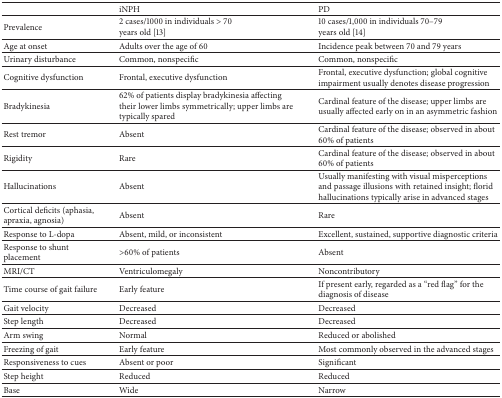
<table><thead><tr><td><b> </b></td><td><b>iNPH</b></td><td><b>PD</b></td></tr></thead><tbody><tr><td>Prevalence</td><td>2 cases/1000 in individuals &gt; 70years old [13]</td><td>10 cases/1,000 in individuals 70–79years old [14]</td></tr><tr><td>Age at onset</td><td>Adults over the age of 60</td><td>Incidence peak between 70 and 79 years</td></tr><tr><td>Urinary disturbance</td><td>Common, nonspecific</td><td>Common, nonspecific</td></tr><tr><td>Cognitive dysfunction</td><td>Frontal, executive dysfunction</td><td>Frontal, executive dysfunction; global cognitive impairment usually denotes disease progression</td></tr><tr><td>Bradykinesia</td><td>62% of patients display bradykinesia affecting their lower limbs symmetrically; upper limbs are typically spared</td><td>Cardinal feature of the disease; upper limbs are usually affected early on in an asymmetric fashion</td></tr><tr><td>Rest tremor</td><td>Absent</td><td>Cardinal feature of the disease; observed in about 60% of patients</td></tr><tr><td>Rigidity</td><td>Rare</td><td>Cardinal feature of the disease; observed in about 60% of patients</td></tr><tr><td>Hallucinations</td><td>Absent</td><td>Usually manifesting with visual misperceptions and passage illusions with retained insight; florid hallucinations typically arise in advanced stages</td></tr><tr><td>Cortical deficits (aphasia, apraxia, agnosia)</td><td>Absent</td><td>Rare</td></tr><tr><td>Response to L-dopa</td><td>Absent, mild, or inconsistent</td><td>Excellent, sustained, supportive diagnostic criteria</td></tr><tr><td>Response to shunt placement</td><td>&gt;60% of patients</td><td>Absent</td></tr><tr><td>MRI/CT</td><td>Ventriculomegaly</td><td>Noncontributory</td></tr><tr><td>Time course of gait failure</td><td>Early feature</td><td>If present early, regarded as a “red flag” for the diagnosis of disease</td></tr><tr><td>Gait velocity</td><td>Decreased</td><td>Decreased</td></tr><tr><td>Step length</td><td>Decreased</td><td>Decreased</td></tr><tr><td>Arm swing</td><td>Normal</td><td>Reduced or abolished</td></tr><tr><td>Freezing of gait</td><td>Early feature</td><td>Most commonly observed in the advanced stages</td></tr><tr><td>Responsiveness to cues</td><td>Absent or poor</td><td>Significant</td></tr><tr><td>Step height</td><td>Reduced</td><td>Reduced</td></tr><tr><td>Base</td><td>Wide</td><td>Narrow</td></tr></tbody></table>